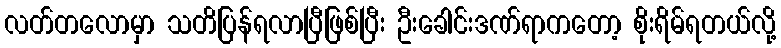
လတ်တလောမှာ သတိပြန်ရလာပြီဖြစ်ပြီး ဦးခေါင်းဒဏ်ရာကတော့ စိုးရိမ်ရတယ်လို့